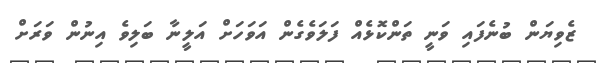
ޒެވިޔަން ބުނެފައި ވަނީ ތަންކޮޅެއް ފަލަވެގެން އަވަހަށް އަލީނާ ބަލިވެ އިނުން ވަރަށް